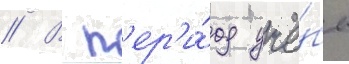
// В п'ер'и́од учё́бы